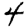
Digit: 4